Indian journal of veterinary science and animal husbandry - Volume 6,
Year: 1936
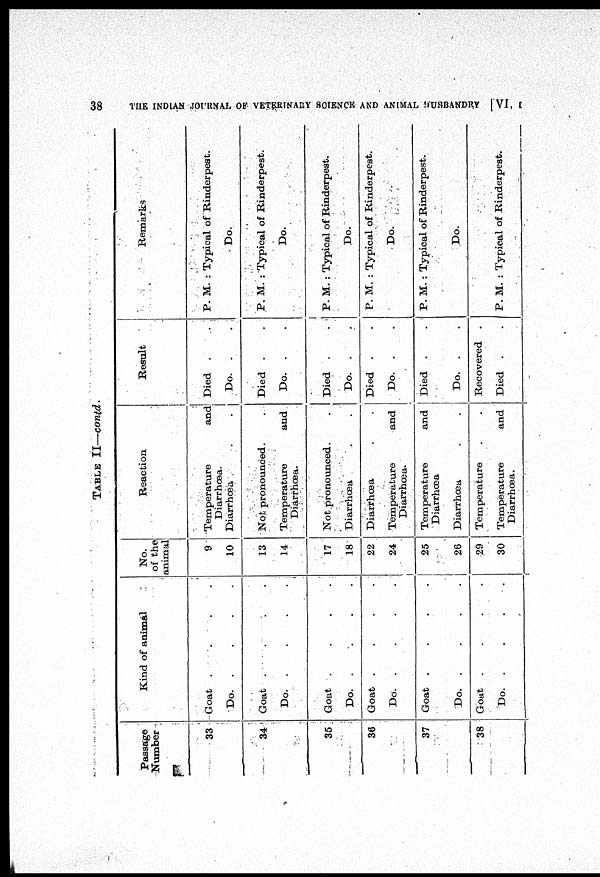
38
THE INDIAN JOURNAL OF VETERINARY SCIENCE AND ANIMAL HUSBANDRY [VI, I
TABLE II—contd.
Passage
Number
33
34
35
36
37
38
Kind of animal
Goat
.
.
.
.
Do.
.
.
.
.
Goat
.
.
.
.
Do.
.
.
.
.
Goat
.
.
.
.
Do.
.
.
.
.
Goat
.
.
.
.
Do.
.
.
.
.
Goat
.
.
.
.
Do.
.
.
.
.
Goat
.
.
.
.
Do.
.
.
.
.
No.
of the
animal
9
10
13
14
17
18
22
24
25
26
29
30
Reaction
Temperature and
Diarrhœa.
Diarrhœa
.
.
Not pronounced. .
Temperature and
Diarrhœa.
Not pronounced.
Diarrhœa . .
Diarrhœa
.
.
Temperature and
Diarrhœa.
Temperature and
Diarrhœa
Diarrhœa . .
Temperature . .
Temperature and
Diarrhœa.
Result
Died . .
Do. . .
Died . .
Do. . .
Died . .
Do. . .
Died . .
Do. . .
Died . .
Do. . .
Recovered .
Died . .
Remarks
P. M. : Typical of Rinderpest.
Do.
P. M. : Typical of Rinderpest.
Do.
P.M. : Typical of Rinderpest.
Do.
P. M. : Typical of Rinderpest.
Do.
P.M. : Typical of Rinderpest.
Do.
P.M. : Typical of Rinderpest.